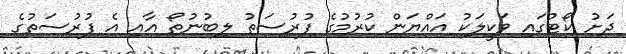
ދަށު ކޯޓުގައި ވަކީލަކު އައްޔަން ކުރުމުގެ ފުރުސަތު ލިބުނުތޯ އާއި އެ ފުރުސަތުގެ